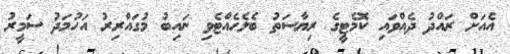
އެއަށް ރައްދު ދެއްވައި ކޮމެޓީގެ ރިޔާސަތު ބެލެހެއްޓެވި ނައިބު މުގައްރިރު އަހުމަދު ސަމީރު